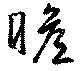
瞻